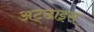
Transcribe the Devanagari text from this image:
अट्‌ठाइस